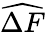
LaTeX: \widehat{\Delta F}